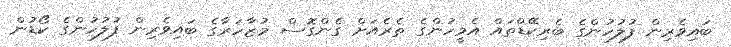
ބައިވެރިން ފުލުހުންގެ ބެރިކޭޑްތައް އެމީހުންގެ ތެރެއަށް ގެންގޮސް މުޒާހަރާގެ ބައިވެރިން ފުލުހުންގެ ކޯޑުން